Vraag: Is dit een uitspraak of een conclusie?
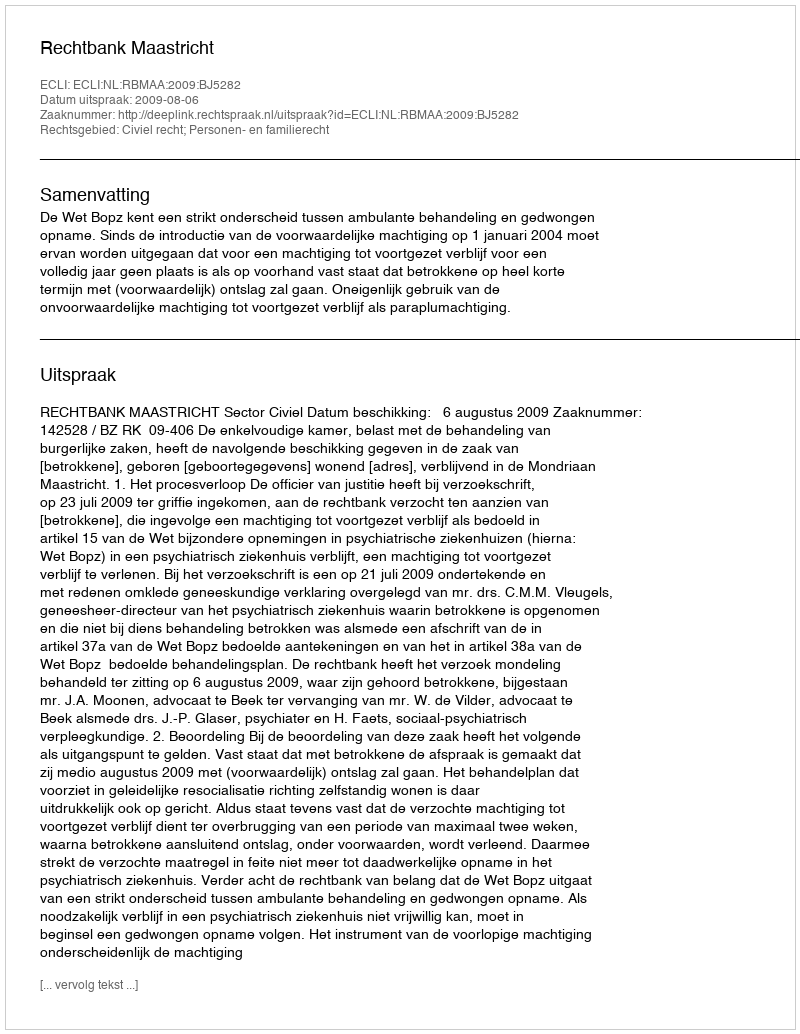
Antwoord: Uitspraak